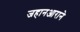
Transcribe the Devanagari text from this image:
जहानआराने